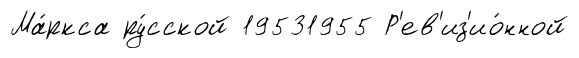
Ма́ркса ру́сской 19531955 Р'ев'из'ио́нной